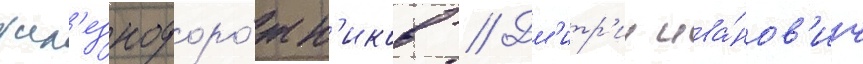
жел'езнодоро́жн'иков // Дм'итр'ии ива́нов'ич